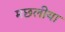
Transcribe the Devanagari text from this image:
मछलीया